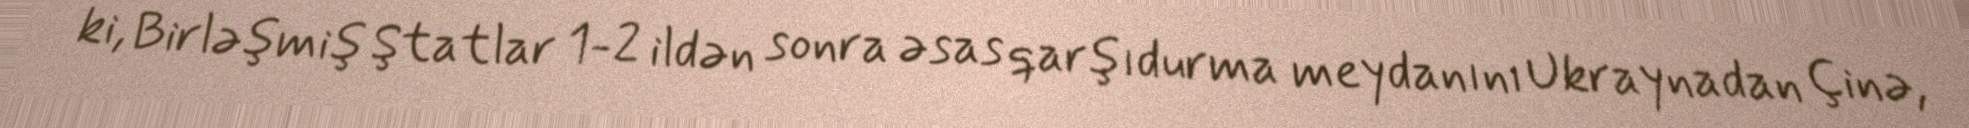
ki, Birləşmiş Ştatlar 1-2 ildən sonra əsas qarşıdurma meydanını Ukraynadan Çinə,